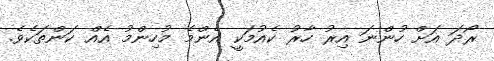
ރޯދަ އަށް ހުންނަ އިރު ހާރު ކެއުމަކީ އެންމެ މުހިންމު އެއް ކަންތަކެވެ.